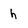
Character: h